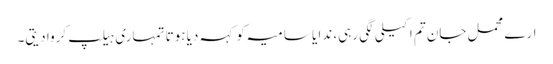
ارے محمل جان تم اکیلی لگی رہی، ندا یا سامیہ کو کہہ دیا ہوتا تمہاری ہیلپ کروا دیتی۔